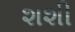
શશી